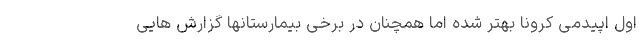
اول اپیدمی کرونا بهتر شده اما همچنان در برخی بیمارستانها گزارش هایی